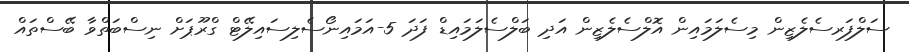
ސަލްފަރސެލެޒިން މިސެލަމައިން އޮލްސެލެޒިން އަދި ބަލްސެލަމައިޑް ފަދަ 5-އަމައިނޯސެލިސައިލޭޓް ގްރޫޕަށް ނިސްބަތްވާ ބޭސްތައް